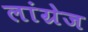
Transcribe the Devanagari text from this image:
लांग्रेज